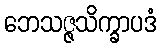
ဘေသဇ္ဇသိက္ခာပဒံ